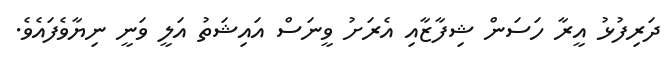
ދަރިފުޅު އީރާ ހަސަން ޝިފާޒާއި އެރަށު ވީނަސް އައިޝަތު އަލީ ވަނީ ނިޔާވެފައެވެ.